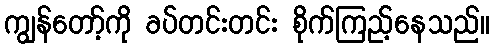
ကျွန်တော့်ကို ခပ်တင်းတင်း စိုက်ကြည့်နေသည်။